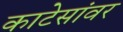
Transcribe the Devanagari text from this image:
काटेसांवर